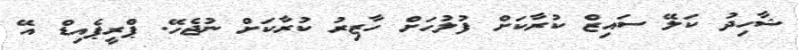
ޝާހިދު ކަލޭ ސައިޒް ކުރާކަށް ފުލުހަށް ހާޒިރު ކުރާކަށް ނުޖެހޭ. ޕްރީޕެއިޑް އޭ